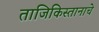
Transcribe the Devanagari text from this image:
ताजिकिस्तानाचे